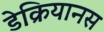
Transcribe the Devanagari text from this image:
डेक्रियानस